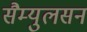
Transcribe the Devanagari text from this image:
सैम्युलसन